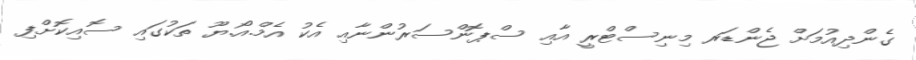
ގެންދިއުމަށް ޖެންޑަރ މިނިސްޓްރީ އާއި ސްޕޮންސަރުންނާއި އެކު އެމް.އޯ.ޔޫ ތަކުގައި ސޮއިކޮށްފި